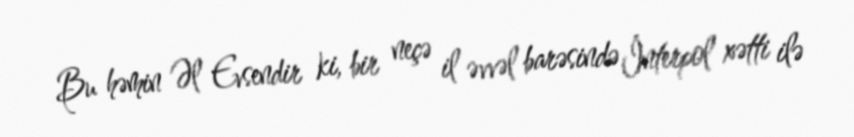
Bu həmin Əl Evsendir ki, bir neçə il əvvəl barəsində İnterpol xətti ilə